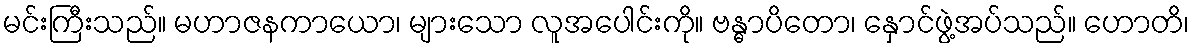
မင်းကြီးသည်။ မဟာဇနကာယော၊ များသော လူအပေါင်းကို။ ဗန္ဓာပိတော၊ နှောင်ဖွဲ့အပ်သည်။ ဟောတိ၊